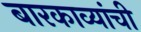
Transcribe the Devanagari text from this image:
बारकाव्यांची